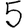
Digit: 5